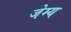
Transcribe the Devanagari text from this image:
जेम्य